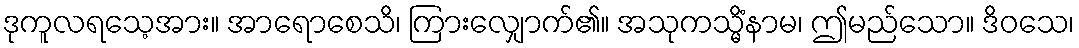
ဒုကူလရသေ့အား။ အာရောစေသိ၊ ကြားလျှောက်၏။ အသုကသ္မိံနာမ၊ ဤမည်သော။ ဒိဝသေ၊